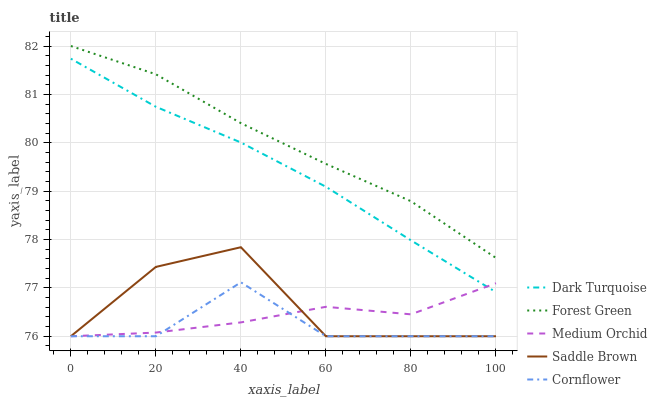
| xaxis_label | Dark Turquoise | Forest Green | Medium Orchid | Saddle Brown | Cornflower |
 | --- | --- | --- | --- | --- | --- |
 | 0 | 81.7 | 82 | 76 | 76 | 76 |
 | 20 | 80.7 | 81.4 | 76.1 | 77.4 | 76 |
 | 40 | 80 | 80.4 | 76.3 | 77.8 | 77.1 |
 | 60 | 79.1 | 79.6 | 76.6 | 76 | 76 |
 | 80 | 78 | 78.8 | 76.5 | 76 | 76 |
 | 100 | 76.9 | 77.6 | 77.1 | 76 | 76 |